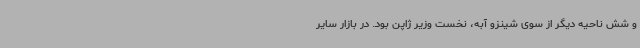
و شش ناحیه دیگر از سوی شینزو آبه، نخست وزیر ژاپن بود. در بازار سایر